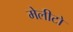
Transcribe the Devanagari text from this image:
मेलीटो